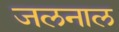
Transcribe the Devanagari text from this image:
जलनाल